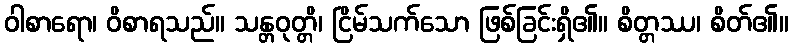
ဝါစာရော၊ ဝိစာရသည်။ သန္တဝုတ္တိ၊ ငြိမ်သက်သော ဖြစ်ခြင်းရှိ၏။ စိတ္တဿ၊ စိတ်၏။